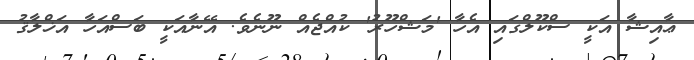
ޢާއިޝާ އަކީ ސްކޫލްގައި އެހާ 'މަޝްހޫރު' ކުއްޖެއް ނޫނެވެ. އޭނާއަކީ ބަސްއަހާ އަޚްލާޤު